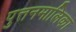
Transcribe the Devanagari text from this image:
पुत्तनमालिका